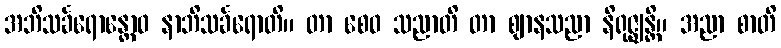
အဘိသင်္ခရောန္တောဝ နာဘိသင်္ခရောတိ။ တာ စေဝ သညာတိ တာ ဈာနသညာ နိရုဇ္ဈန္တိ။ အညာ စာတိ